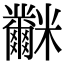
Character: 𥽲